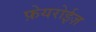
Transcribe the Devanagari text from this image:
फ़ेयरोईज़